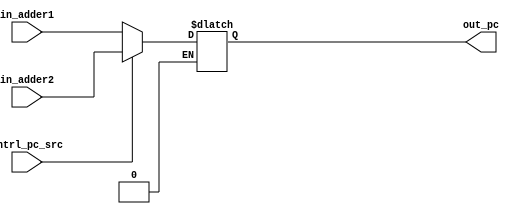
// mux 6 selects address for next instruction from the two inputs from adder1
// and adder2 respectively 
module mux6(in_adder1,in_adder2,out_pc,cntrl_pc_src);

//input
input [5:0] in_adder1,in_adder2;
input cntrl_pc_src;

//output
output [5:0] out_pc;

//type
wire [5:0] in_adder1,in_adder2;
wire cntrl_pc_src;

reg [5:0] out_pc;

always @(*)
begin
//if PCsrc = 0 then address calculated by adder 1 is taken 
if(cntrl_pc_src == 1'b0)
begin
out_pc[5:0] = in_adder1[5:0];
end
else //if PCsrc=1 then address calcuated by adder 2 is considered 
if(cntrl_pc_src == 1'b1)
begin
out_pc[5:0] = in_adder2[5:0];
end
end
endmodule